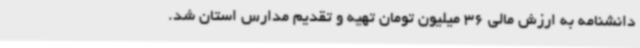
دانشنامه به ارزش مالی 36 میلیون تومان تهیه و تقدیم مدارس استان شد.